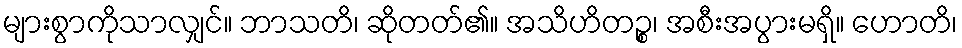
များစွာကိုသာလျှင်။ ဘာသတိ၊ ဆိုတတ်၏။ အသိဟိတဉ္စ၊ အစီးအပွားမရှိ။ ဟောတိ၊